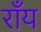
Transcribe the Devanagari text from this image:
राँय